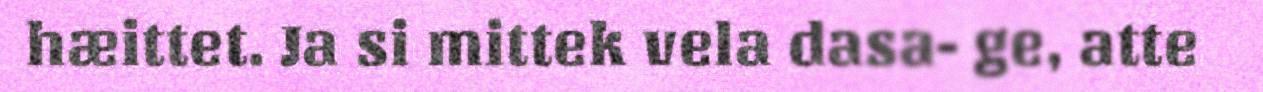
hæittet. Ja si mittek vela dasa- ge, atte